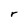
Character: r